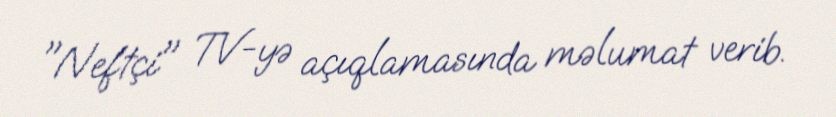
"Neftçi" TV-yə açıqlamasında məlumat verib.